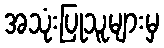
အသုံးပြုသူများမှ